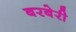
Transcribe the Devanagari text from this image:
बरबेरी